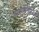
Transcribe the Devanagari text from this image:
उत्तररामचरितम